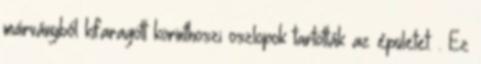
márványból kifaragott korinthoszi oszlopok tartották az épületet. . Ez